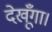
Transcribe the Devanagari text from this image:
देखूँगा।